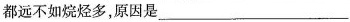
都远不如烷烃多，原因是___